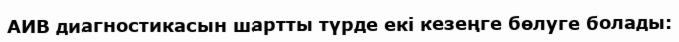
АИВ диагностикасын шартты түрде екі кезеңге бөлуге болады: